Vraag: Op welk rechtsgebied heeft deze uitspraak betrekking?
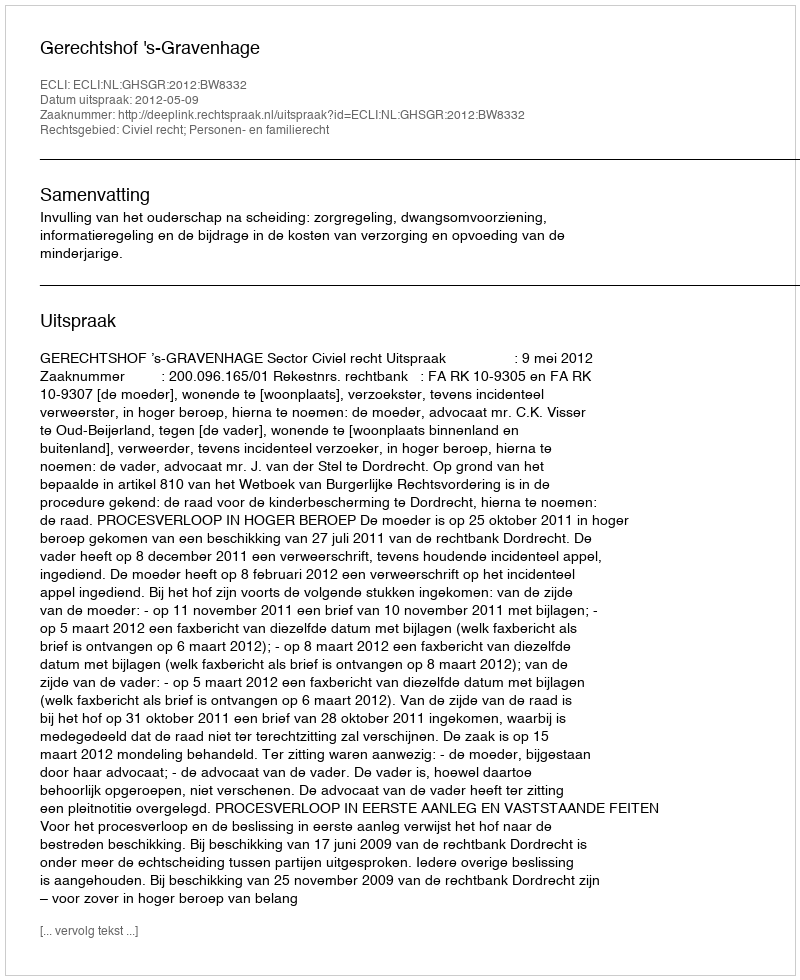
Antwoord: Civiel recht; Personen- en familierecht